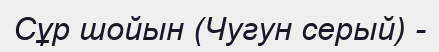
Сұр шойын (Чугун серый) -